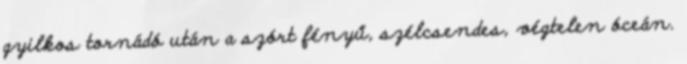
gyilkos tornádó után a szórt fényű, szélcsendes, végtelen óceán.